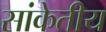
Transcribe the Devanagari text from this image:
सांकेतीय